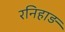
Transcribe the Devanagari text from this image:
रनिहाड़